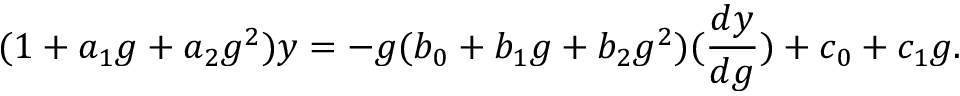
( 1 + a _ { 1 } g + a _ { 2 } g ^ { 2 } ) y = - g ( b _ { 0 } + b _ { 1 } g + b _ { 2 } g ^ { 2 } ) ( \frac { d y } { d g } ) + c _ { 0 } + c _ { 1 } g .